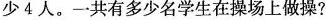
少4人。一共有多少名学生在操场上做操?